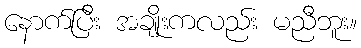
နောက်ပြီး အချိုးကလည်း မညီဘူး။